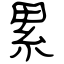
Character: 累